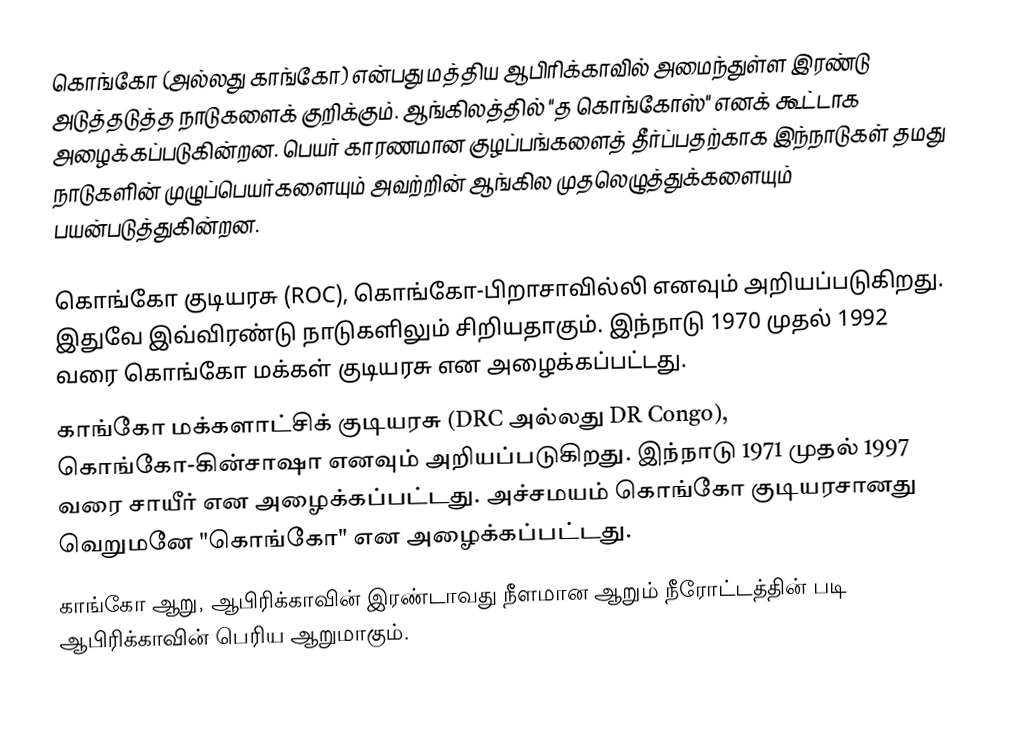
கொங்கோ (அல்லது காங்கோ) என்பது மத்திய ஆபிரிக்காவில் அமைந்துள்ள இரண்டு அடுத்தடுத்த நாடுகளைக் குறிக்கும். ஆங்கிலத்தில் "த கொங்கோஸ்" எனக் கூட்டாக அழைக்கப்படுகின்றன. பெயர் காரணமான குழப்பங்களைத் தீர்ப்பதற்காக இந்நாடுகள் தமது நாடுகளின் முழுப்பெயர்களையும் அவற்றின் ஆங்கில முதலெழுத்துக்களையும் பயன்படுத்துகின்றன.

 கொங்கோ குடியரசு (ROC), கொங்கோ-பிறாசாவில்லி எனவும் அறியப்படுகிறது. இதுவே இவ்விரண்டு நாடுகளிலும் சிறியதாகும். இந்நாடு  1970 முதல் 1992 வரை கொங்கோ மக்கள் குடியரசு என அழைக்கப்பட்டது.
 காங்கோ மக்களாட்சிக் குடியரசு (DRC அல்லது DR Congo), கொங்கோ-கின்சாஷா எனவும் அறியப்படுகிறது. இந்நாடு  1971 முதல் 1997 வரை சாயீர் என அழைக்கப்பட்டது. அச்சமயம் கொங்கோ குடியரசானது வெறுமனே "கொங்கோ" என அழைக்கப்பட்டது.
 காங்கோ ஆறு, ஆபிரிக்காவின் இரண்டாவது நீளமான ஆறும் நீரோட்டத்தின் படி ஆபிரிக்காவின் பெரிய ஆறுமாகும்.